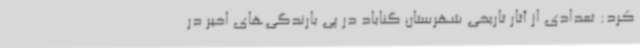
کرد: تعدادی از آثار تاریخی شهرستان گناباد در پی بارندگی‌های اخیر در